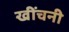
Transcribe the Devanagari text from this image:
खींचनी